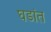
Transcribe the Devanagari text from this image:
घडांत